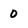
Character: 0